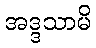
အဒ္ဒသာမိ